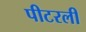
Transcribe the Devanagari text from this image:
पीटरली